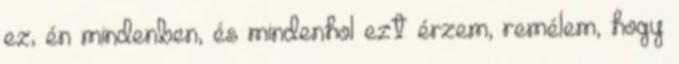
ez, én mindenben, és mindenhol ezt érzem, remélem, hogy